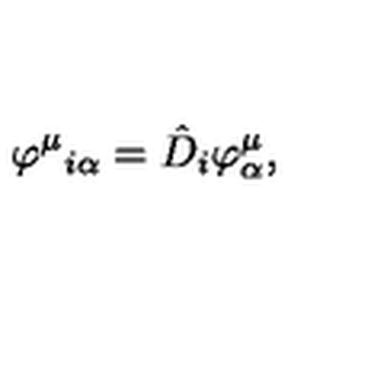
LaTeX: \varphi ^ { \mu } { } _ { i \alpha } = \hat { D } _ { i } \varphi _ { \alpha } ^ { \mu } ,